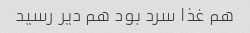
هم غذا سرد بود هم دیر رسید